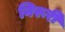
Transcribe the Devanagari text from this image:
निरूरी